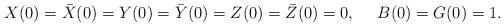
LaTeX: \begin{align*}X(0)=\bar{X}(0)=Y(0)=\bar{Y}(0)=Z(0)=\bar{Z}(0)=0,~~~~ B(0)=G(0)=1.\end{align*}